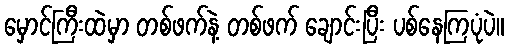
မှောင်ကြီးထဲမှာ တစ်ဖက်နဲ့ တစ်ဖက် ချောင်းပြီး ပစ်နေကြပုံပဲ။